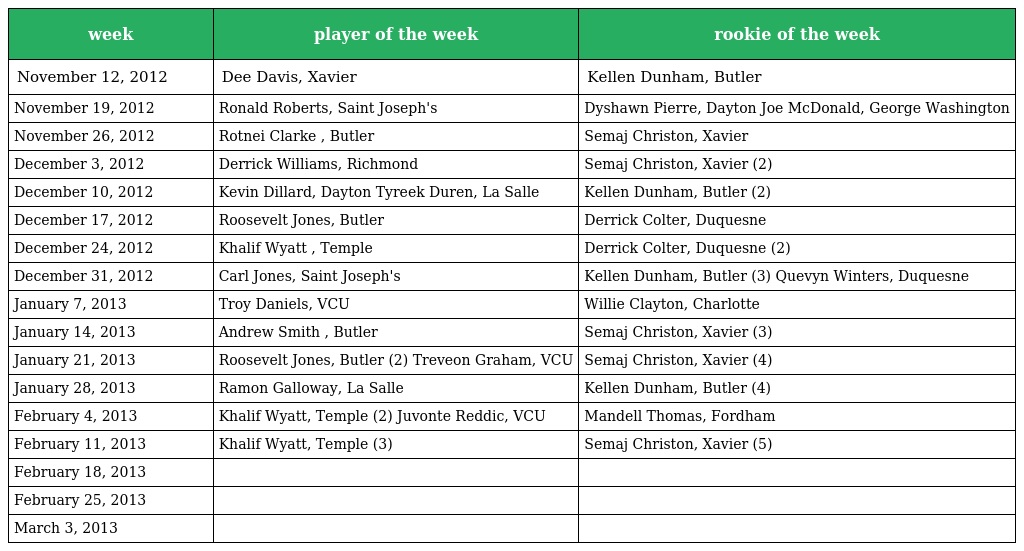
| week | player of the week | rookie of the week |
 | --- | --- | --- |
 | November 12, 2012 | Dee Davis, Xavier | Kellen Dunham, Butler |
 | November 19, 2012 | Ronald Roberts, Saint Joseph's | Dyshawn Pierre, Dayton Joe McDonald, George Washington |
 | November 26, 2012 | Rotnei Clarke , Butler | Semaj Christon, Xavier |
 | December 3, 2012 | Derrick Williams, Richmond | Semaj Christon, Xavier (2) |
 | December 10, 2012 | Kevin Dillard, Dayton Tyreek Duren, La Salle | Kellen Dunham, Butler (2) |
 | December 17, 2012 | Roosevelt Jones, Butler | Derrick Colter, Duquesne |
 | December 24, 2012 | Khalif Wyatt , Temple | Derrick Colter, Duquesne (2) |
 | December 31, 2012 | Carl Jones, Saint Joseph's | Kellen Dunham, Butler (3) Quevyn Winters, Duquesne |
 | January 7, 2013 | Troy Daniels, VCU | Willie Clayton, Charlotte |
 | January 14, 2013 | Andrew Smith , Butler | Semaj Christon, Xavier (3) |
 | January 21, 2013 | Roosevelt Jones, Butler (2) Treveon Graham, VCU | Semaj Christon, Xavier (4) |
 | January 28, 2013 | Ramon Galloway, La Salle | Kellen Dunham, Butler (4) |
 | February 4, 2013 | Khalif Wyatt, Temple (2) Juvonte Reddic, VCU | Mandell Thomas, Fordham |
 | February 11, 2013 | Khalif Wyatt, Temple (3) | Semaj Christon, Xavier (5) |
 | February 18, 2013 |  |  |
 | February 25, 2013 |  |  |
 | March 3, 2013 |  |  |